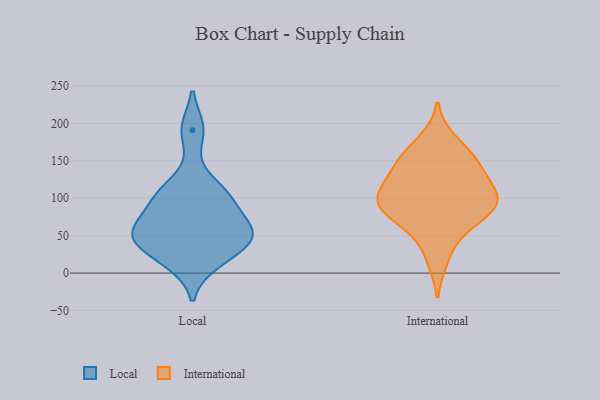
{"axis": {"x": "Active Users", "y": "Value"}, "legend": ["International", "Local"], "data": [{"x": "", "y": 91, "type": "Local"}, {"x": "", "y": 30, "type": "Local"}, {"x": "", "y": 113, "type": "Local"}, {"x": "", "y": 58, "type": "Local"}, {"x": "", "y": 103, "type": "Local"}, {"x": "", "y": 191, "type": "Local"}, {"x": "", "y": 15, "type": "Local"}, {"x": "", "y": 55, "type": "Local"}, {"x": "", "y": 51, "type": "Local"}, {"x": "", "y": 51, "type": "Local"}, {"x": "", "y": 152, "type": "International"}, {"x": "", "y": 78, "type": "International"}, {"x": "", "y": 94, "type": "International"}, {"x": "", "y": 138, "type": "International"}, {"x": "", "y": 110, "type": "International"}, {"x": "", "y": 176, "type": "International"}, {"x": "", "y": 156, "type": "International"}, {"x": "", "y": 109, "type": "International"}, {"x": "", "y": 78, "type": "International"}, {"x": "", "y": 139, "type": "International"}, {"x": "", "y": 54, "type": "International"}, {"x": "", "y": 86, "type": "International"}, {"x": "", "y": 104, "type": "International"}, {"x": "", "y": 96, "type": "International"}, {"x": "", "y": 19, "type": "International"}]}